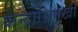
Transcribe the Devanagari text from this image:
केन्द्राभिमुखी